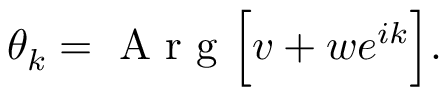
\begin{array} { r } { \theta _ { k } = \mathrm { ~ A ~ r ~ g ~ } \Big [ v + w e ^ { i k } \Big ] . } \end{array}